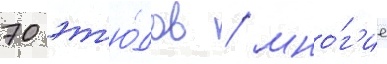
70 эт'ю́дов / мно́г'ие